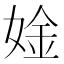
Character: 𫰾